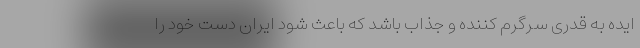
ایده به قدری سرگرم کننده و جذاب باشد که باعث شود ایران دست خود را